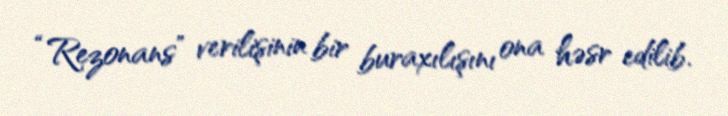
“Rezonans” verilişinin bir buraxılışını ona həsr edilib.